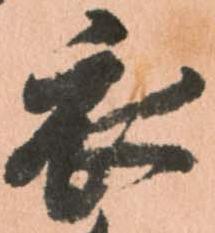
衣